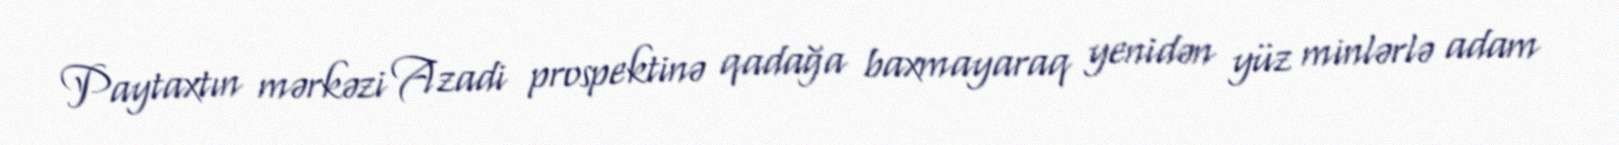
Paytaxtın mərkəzi Azadi prospektinə qadağa baxmayaraq yenidən yüz minlərlə adam